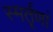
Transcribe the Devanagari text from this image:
स्मर्तॄणां